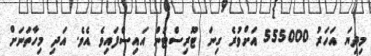
މިދިޔަ އަހަރު 555000 އަށްވުރެ ގިނަ ޓޫރިސްޓުން އައިސްފައިވެ އެވެ. އަދި މިހާތަނަށް